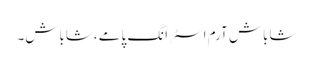
شاباش آرم اسٹرانگ پامے ،شاباش۔